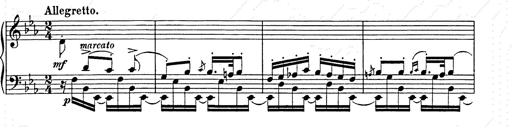
Title: Hungarian Rhapsody No.9
Composer: Franz Liszt
Key: E-flat major